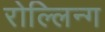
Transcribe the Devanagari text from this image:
रोल्लिन्ग